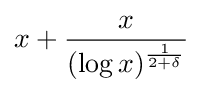
x+{\frac {x}{(\log {x})^{\frac {1}{2+\delta }}}}